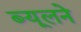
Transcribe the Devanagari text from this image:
ब्यूलने